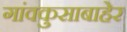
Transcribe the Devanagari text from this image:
गांवकुसाबाहेर